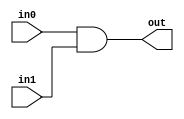
module coreir_and #(
    parameter width = 1
) (
    input [width-1:0] in0,
    input [width-1:0] in1,
    output [width-1:0] out
);
  assign out = in0 & in1;
endmodule

module and2_wrapped (
    input [1:0] I0,
    input [1:0] I1,
    output [1:0] O
);
wire [1:0] and2_inst0_out;
coreir_and #(
    .width(2)
) and2_inst0 (
    .in0(I0),
    .in1(I1),
    .out(and2_inst0_out)
);
assign O = and2_inst0_out;
endmodule